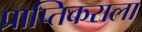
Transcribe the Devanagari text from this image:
प्राप्‍तिकराला